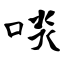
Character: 啖